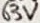
Text: 63V